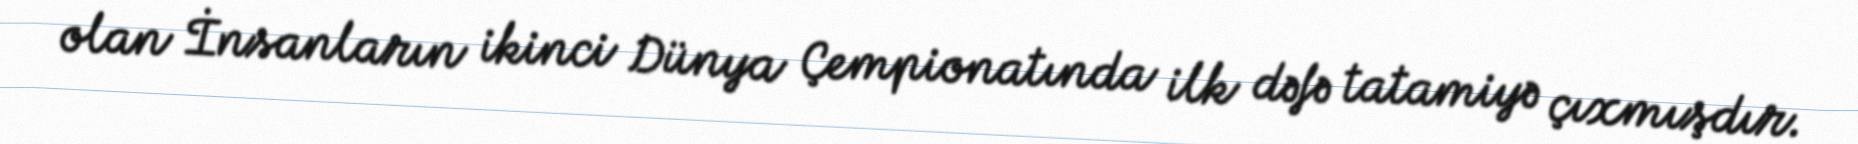
olan İnsanların ikinci Dünya Çempionatında ilk dəfə tatamiyə çıxmışdır.